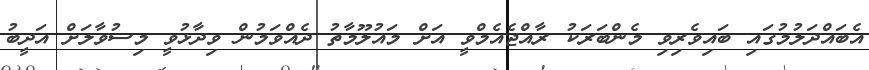
އެބައްދަލުމުގައި ބައިވެރިވި މެންބަރަކު ރާއްޖެއެމްވީ އަށް މައުލޫމާތު ދެއްވަމުން ވިދާޅުވީ މިސުވާލަށް އަދީބު